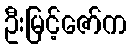
ဦးမြင့်ဇော်က